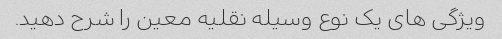
ویژگی های یک نوع وسیله نقلیه معین را شرح دهید.